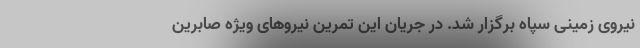
نیروی زمینی سپاه برگزار شد. در جریان این تمرین نیروهای ویژه صابرین